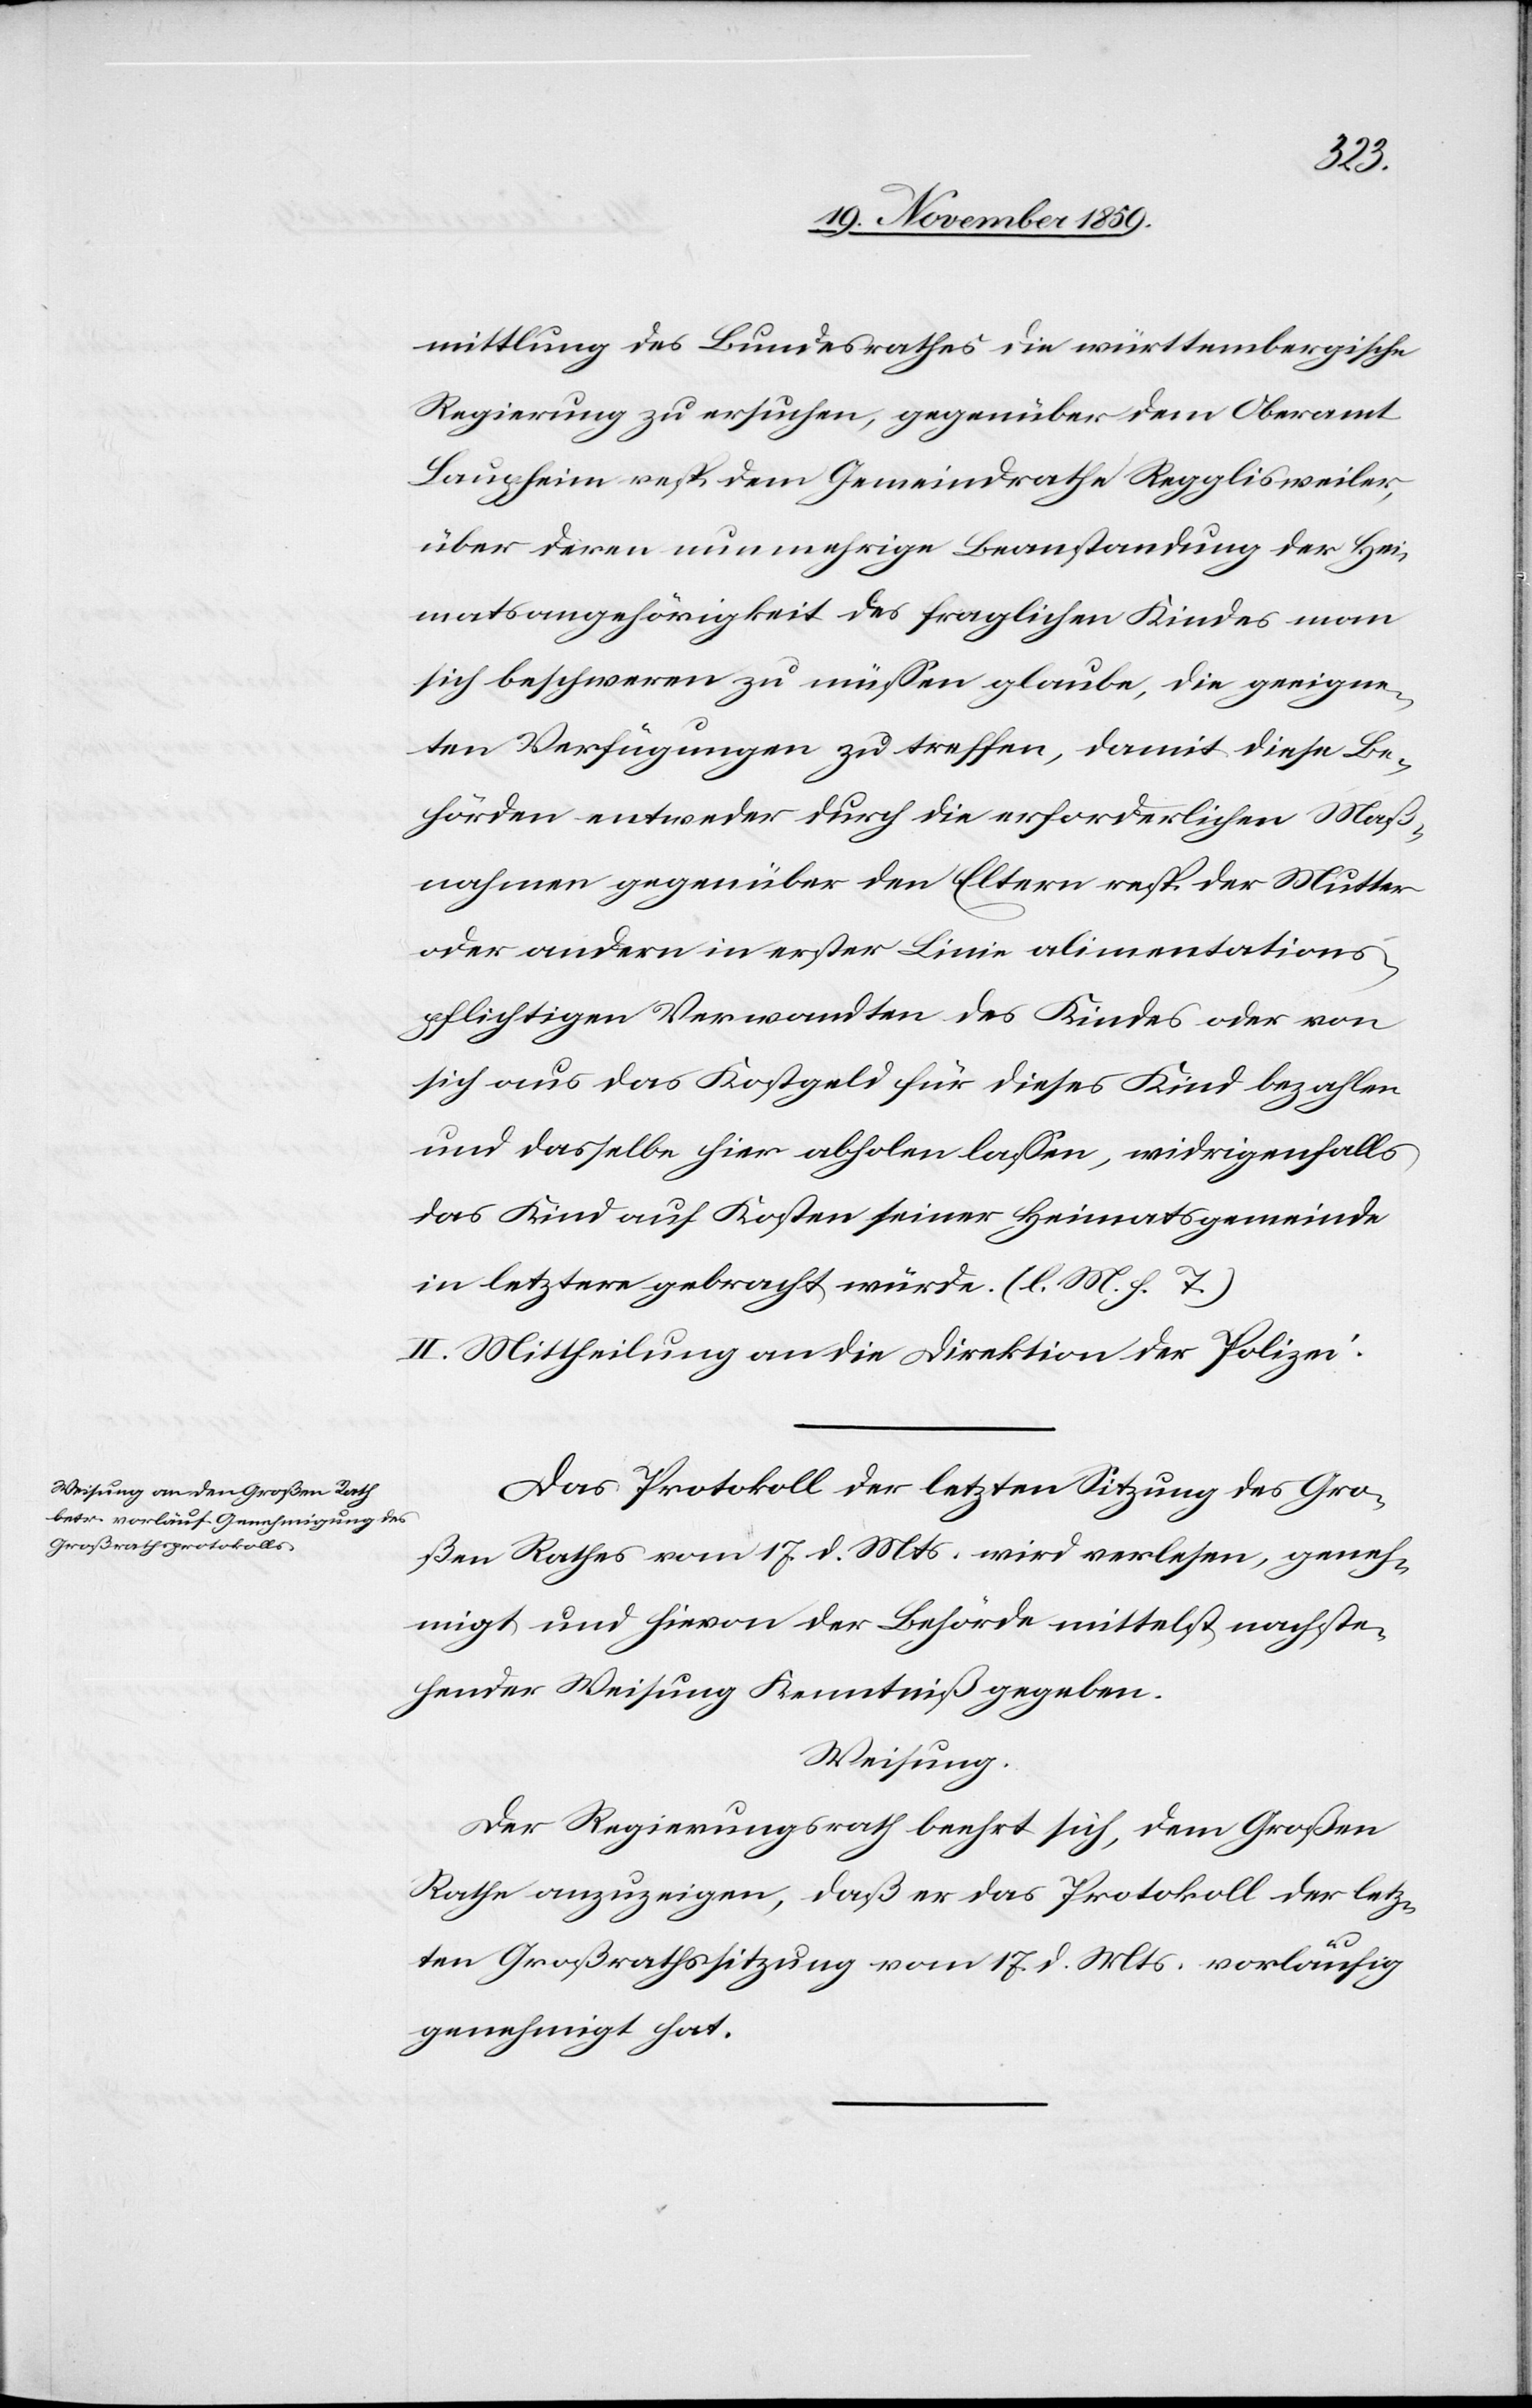
mittlung des Bundesrathes die württembergische
Regierung zu ersuchen, gegenüber dem Oberamt
Laupheim resp. dem Gemeindrathe Regglisweiler,
über deren nunmehrige Beanstandung der Hei¬
matsangehörigkeit des fraglichen Kindes man
sich beschweren zu müssen glaube, die geeigne¬
ten Verfügungen zu treffen, damit diese Be¬
hörden entweder durch die erforderlichen Maß¬
nahmen gegenüber den Eltern resp. der Mutter
oder andern in erster Linie alimentations¬
pflichtigen Verwandten des Kindes oder von
sich aus das Kostgeld für dieses Kind bezahlen
und dasselbe hier abholen lassen, widrigenfalls
das Kind auf Kosten seiner Heimatsgemeinde
in letztere gebracht würde. (l. M. h. T.)
II. Mittheilung an die Direktion der Polizei.
Das Protokoll der letzten Sitzung des Gro¬
ßen Rathes vom 17. d. Mts. wird verlesen, geneh¬
migt und hievon der Behörde mittelst nachste¬
hender Weisung Kenntniß gegeben.
Weisung.
Der Regierungsrath beehrt sich, dem Großen
Rathe anzuzeigen, daß er das Protokoll der letz¬
ten Großrathssitzung vom 17. d. Mts. vorläufig
genehmigt hat.